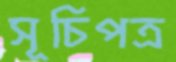
সূচিপত্র